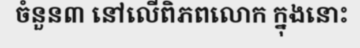
ចំនួន៣ នៅលើពិភពលោក ក្នុងនោះ